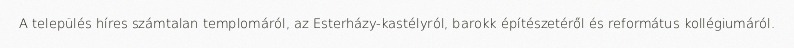
A település híres számtalan templomáról, az Esterházy-kastélyról, barokk építészetéről és református kollégiumáról.